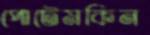
পোটেমকিন